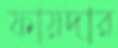
ফায়দার